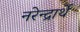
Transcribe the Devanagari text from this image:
नरेन्द्रार्थे